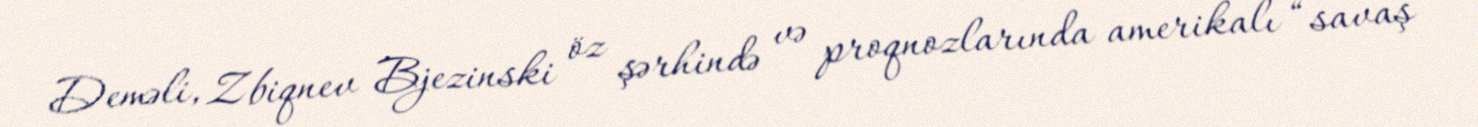
Deməli, Zbiqnev Bjezinski öz şərhində və proqnozlarında amerikalı “savaş